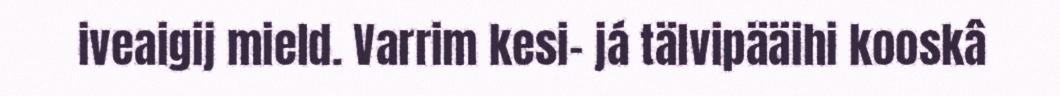
iveaigij mield. Varrim kesi- já tälvipääihi kooskâ